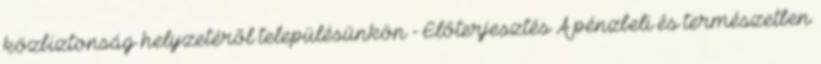
közbiztonság helyzetéről településünkön - Előterjesztés A pénzbeli és természetben